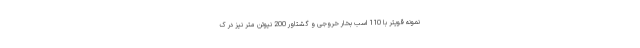
نمونه قویتر با 110 اسب بخار خروجی و گشتاور 200 نیوتن متر نیز در ک